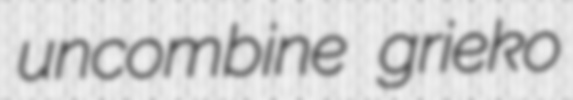
uncombine grieko